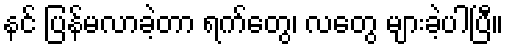
နင် ပြန်မလာခဲ့တာ ရက်တွေ၊ လတွေ များခဲ့ပါပြီ။